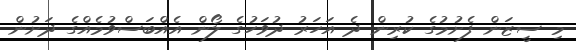
މި ސީޒަން ފެށުމުގެ ކުރިން ދެ އަހަރު ދުވަހުގެ ލޯން އެއްބަސްވުމެއްގެ ދަށުން